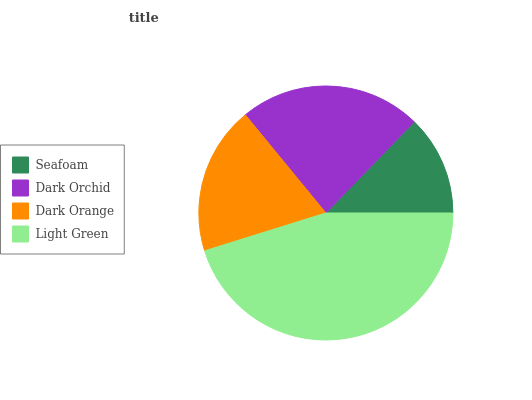
| Seafoam | Dark Orchid | Dark Orange | Light Green |
 | --- | --- | --- | --- |
 | 12.7% | 23.2% | 18.9% | 45.1% |